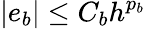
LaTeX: |e_{b}|\le C_{b}h^{p_{b}}